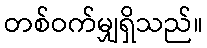
တစ်ဝက်မျှရှိသည်။